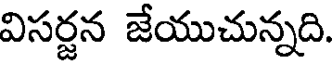
విసర్జన జేయుచున్నది.